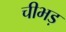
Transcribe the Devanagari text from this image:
चीभड़